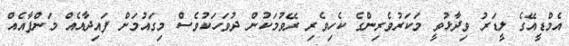
އެމްޑީއޭގެ ލީޑަރު ވިދާޅުވީ މަކަރުވެރިންގެ ކެހިވެރި ރޭވުމަކުން ދުވަހަކުވެސް މިގައުމަށް ފައިދާއެއް މަންފާއެއް